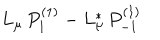
L _ { \mu } \, P _ { 1 } ^ { ( 1 ) } - L _ { \mu } ^ { * } \, P _ { - 1 } ^ { ( 1 ) }